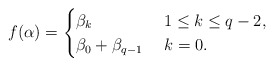
\begin{align*}f(\alpha)=\begin{cases}\beta_k&\ 1\le k\le q-2,\cr\beta_0+\beta_{q-1}&\ k=0.\end{cases}\end{align*}